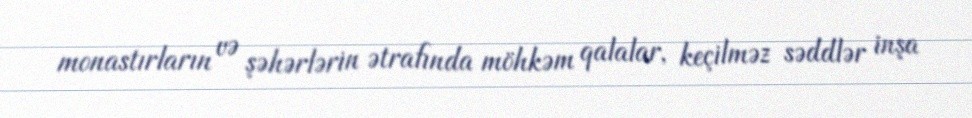
monastırların və şəhərlərin ətrafında möhkəm qalalar, keçilməz səddlər inşa